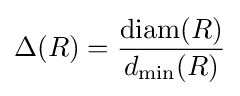
\Delta (R)={\dfrac {\mathrm {diam} (R)}{d_{\min }(R)}}